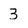
Character: 3